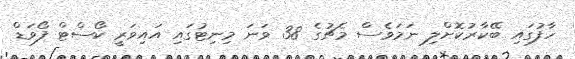
ހާފުގައި ބޭކާރުކޮށްލި ނަމަވެސް މެޗުގެ 38 ވަނަ މިނިޓުގައި އައިވަރީ ކޯސްޓް ފޯވަޑް